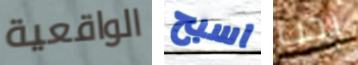
الواقعية اسبح يجب